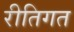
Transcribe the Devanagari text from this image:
रीतिगत